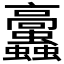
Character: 𩫲